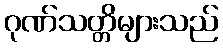
ဂုဏ်သတ္တိများသည်